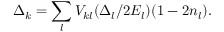
\Delta _ { k } = \sum _ { l } V _ { k l } ( \Delta _ { l } / 2 E _ { l } ) ( 1 - 2 n _ { l } ) .